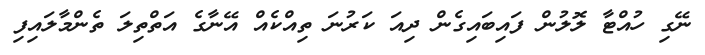
ނޭގި ހުއްޓާ ލޮލުން ފައިބައިގެން ދިއަ ކަރުނަ ތިއްކެއް އޭނާގެ އަތްތިލަ ތެންމާލައިފި